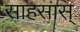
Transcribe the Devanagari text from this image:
साहसास्